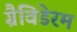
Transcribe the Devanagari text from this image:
ग्रैविडेरम